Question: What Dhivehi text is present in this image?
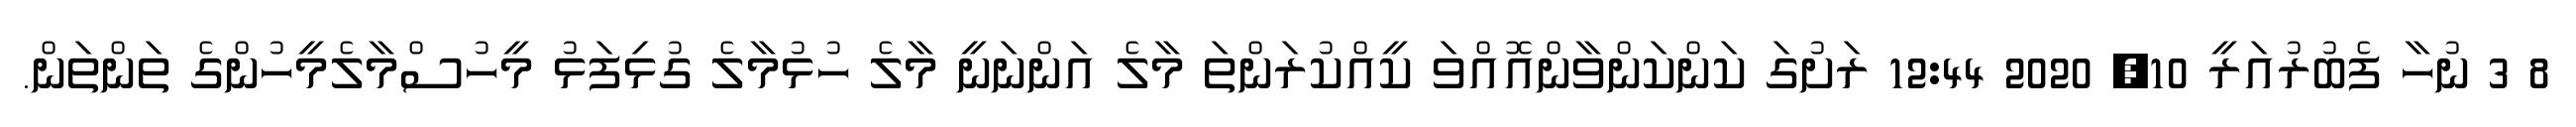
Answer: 8 3 ނުހާ ފެބުރުއަރީ 10, 2020 12:44 ރަށުގަ ކަންކަންވާންއޮއްވަ ކީއްކުރަންތަ މާލެ އަންނަނީ މާލެ ހުޅުމާލެ ގުޅިފަޅު މީހުސްމާލެމީހުންގެ ތަންތަން.